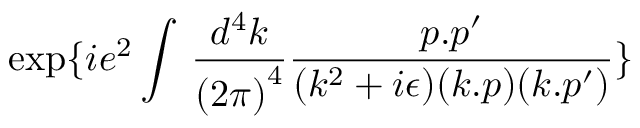
\exp \{ i e ^ { 2 } \int \, \frac { d ^ { 4 } k } { { ( 2 \pi ) } ^ { 4 } } \frac { p . p ^ { \prime } } { ( k ^ { 2 } + i \epsilon ) ( k . p ) ( k . p ^ { \prime } ) } \}